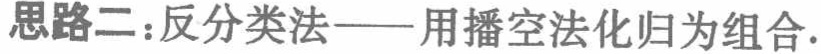
思路二：反分类法——用播空法化归为组合.